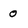
Character: 0